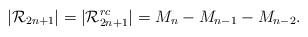
LaTeX: \begin{align*}|\mathcal{R}_{2n+1}| = |\mathcal{R}_{2n+1}^{rc}| = M_{n} - M_{n-1} - M_{n-2}.\end{align*}